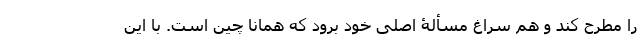
را مطرح کند و هم سراغ مسألۀ اصلی خود برود که همانا چین است. با این